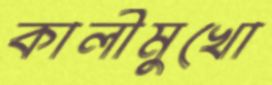
কালীমুখো